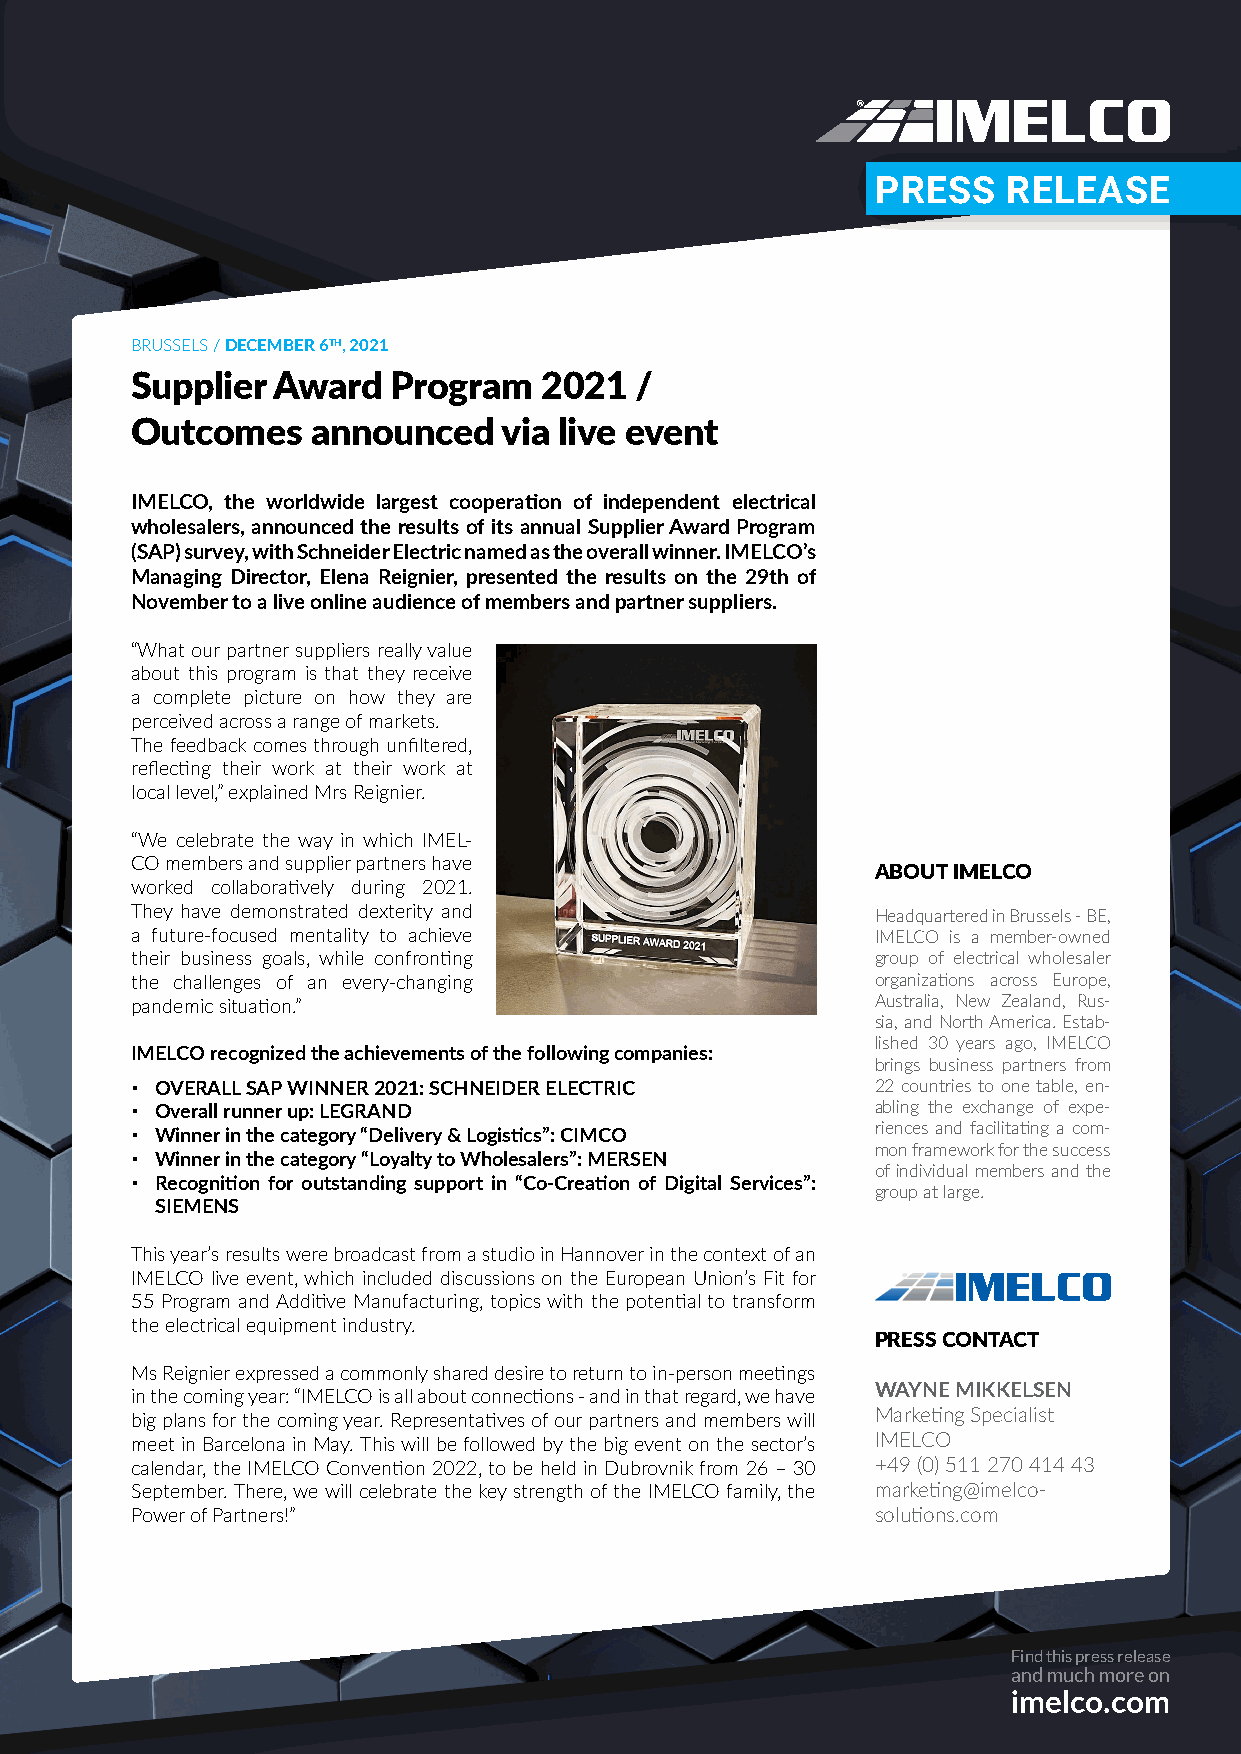
PRESS    RELEASE
 BRUSSELS / DECEMBER 6TH, 2021
 Supplier Award   Program   2021  /
 Outcomes    announced   via live event
 IMELCO, the worldwide largest cooperation of independent electrical
 wholesalers, announced the results of its annual Supplier Award Program
 (SAP) survey, with Schneider Electric named as the overall winner. IMELCO’s
 Managing Director, Elena Reignier, presented the results on the 29th of
 November to a live online audience of members and partner suppliers.
 “What our partner suppliers really value
 about this program is that they receive
 a complete picture on how they are
 perceived across a range of markets.
 The feedback comes through unfiltered,
 reflecting their work at their work at
 local level,” explained Mrs Reignier.
 “We celebrate the way in which IMEL-
 CO members and supplier partners have
 ABOUT IMELCO
 worked collaboratively during 2021.
 They have demonstrated dexterity and             Headquartered in Brussels - BE,
 a future-focused mentality to achieve            IMELCO is a member-owned
 their business goals, while confronting          group of electrical wholesaler
 the challenges of an every-changing              organizations across Europe,
 pandemic situation.”                             Australia, New Zealand, Rus-
 sia, and North America. Estab-
 lished 30 years ago, IMELCO
 IMELCO recognized the achievements of the following companies:
 brings business partners from
 ▪ OVERALL SAP WINNER 2021: SCHNEIDER ELECTRIC    22 countries to one table, en-
 ▪ Overall runner up: LEGRAND                     abling the exchange of expe-
 ▪ Winner in the category “Delivery & Logistics”: CIMCO riences and facilitating a com-
 mon framework for the success
 ▪ Winner in the category “Loyalty to Wholesalers”: MERSEN
 of individual members and the
 ▪ Recognition for outstanding support in “Co-Creation of Digital Services”:
 group at large.
 SIEMENS
 This year’s results were broadcast from a studio in Hannover in the context of an
 IMELCO live event, which included discussions on the European Union’s Fit for
 55 Program and Additive Manufacturing, topics with the potential to transform
 the electrical equipment industry.
 PRESS CONTACT
 Ms Reignier expressed a commonly shared desire to return to in-person meetings
 WAYNE MIKKELSEN
 in the coming year: “IMELCO is all about connections - and in that regard, we have
 big plans for the coming year. Representatives of our partners and members will Marketing Specialist
 meet in Barcelona in May. This will be followed by the big event on the sector’s IMELCO
 calendar, the IMELCO Convention 2022, to be held in Dubrovnik from 26 – 30 +49 (0) 511 270 414 43
 September. There, we will celebrate the key strength of the IMELCO family, the marketing@imelco-
 Power of Partners!”                              solutions.com
 Find this press release
 and much more on
 imelco.com